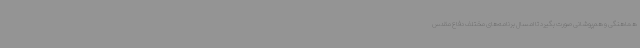
هماهنگی و هم‌پوشانی صورت بگیرد تا امسال برنامه‌های مختلف دفاع مقدس